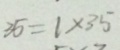
3 5 = 1 \times 3 5